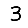
Digit: 3